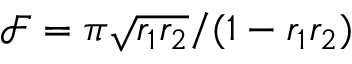
\mathcal { F } = \pi \sqrt { r _ { 1 } r _ { 2 } } / ( 1 - r _ { 1 } r _ { 2 } )